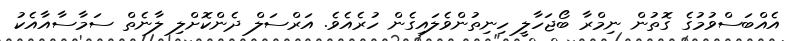
އެއްބަސްވުމުގެ ގޮތުން ނިމްރާ ބޯޖަހާލީ ހިނިތުންވެލައިގެން ހުރެއެވެ. އަރްސަލް ދެންކޮށްލި ލާނެތް ސަމާސާއާއެކު